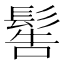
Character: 䯻